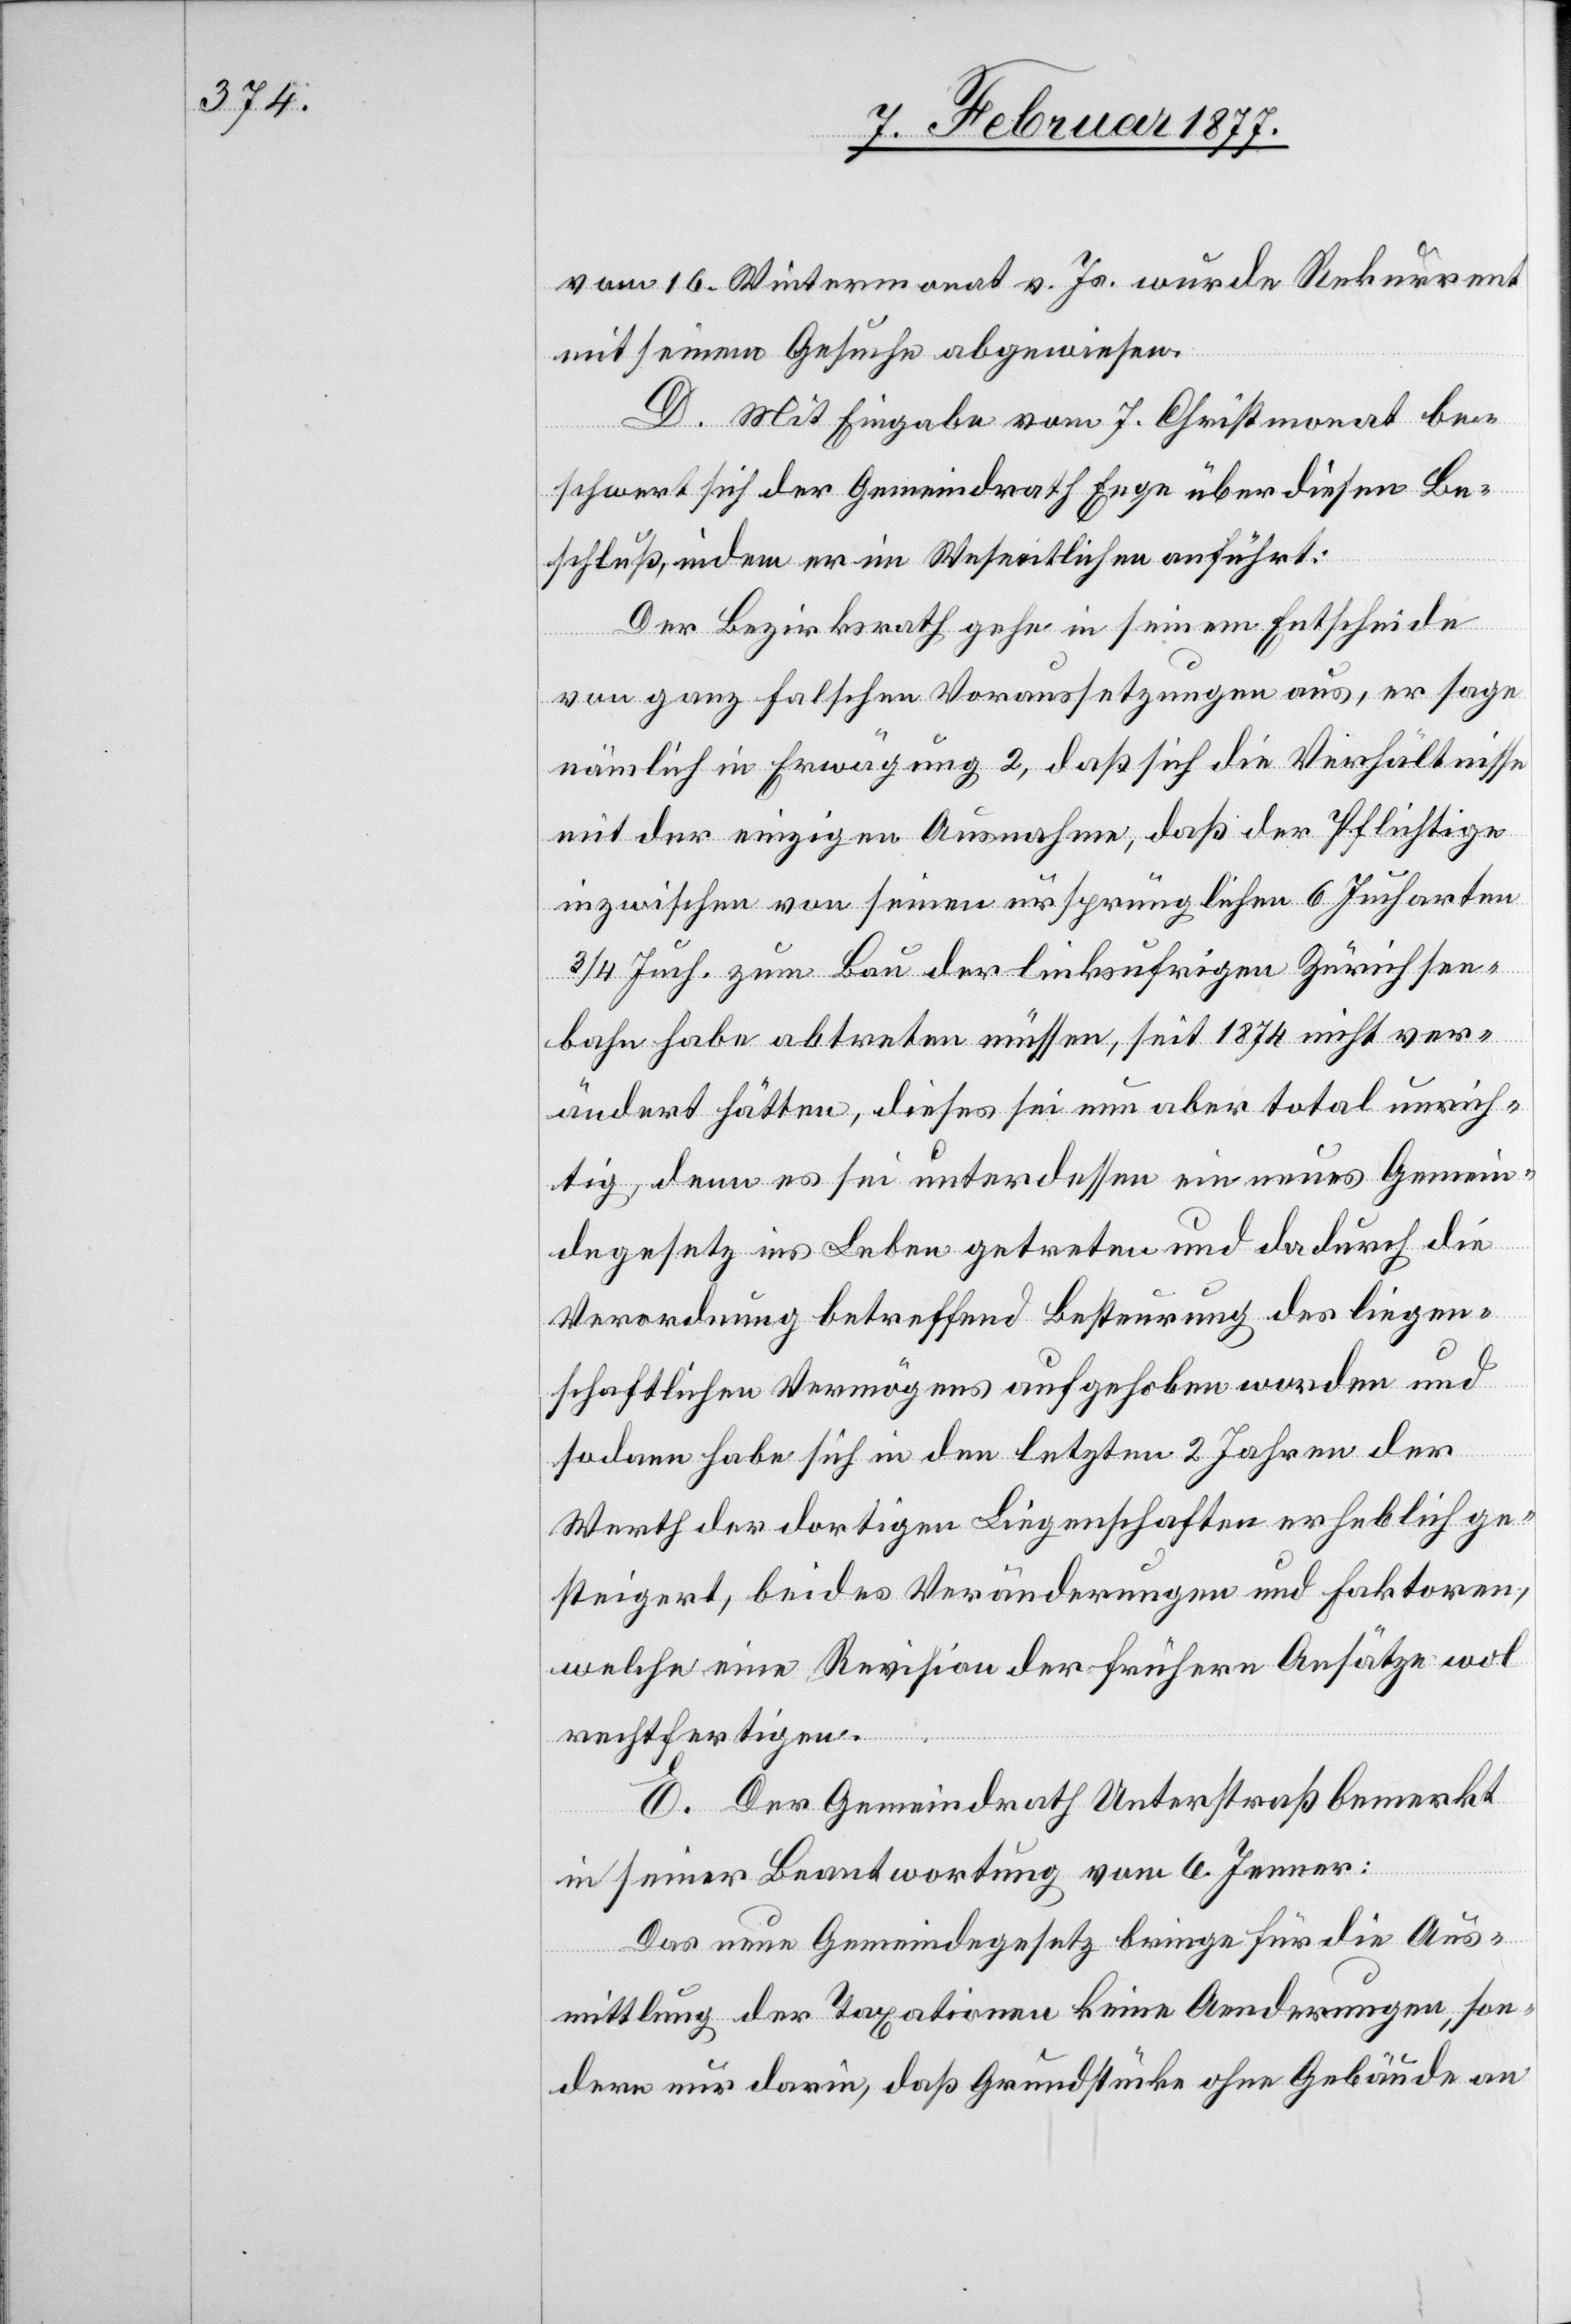
vom 16. Wintermonat v. Js. wurde Rekurrent
mit seinem Gesuche abgewiesen.
D. Mit Eingabe vom 7. Christmonat be¬
schwert sich der Gemeindrath Enge über diesen Be¬
schluß, indem er im Wesentlichen anführt:
Der Bezirksrath gehe in seinem Entscheide
von ganz falschen Voraussetzungen aus, er sage
nämlich in Erwägung 2, daß sich die Verhältnisse
mit der einzigen Ausnahme, daß der Pflichtige
inzwischen von seinen ursprünglichen 6 Jucharten
3/4 Juch. zum Bau der linksufrigen Zürichsee¬
bahn habe abtreten müssen, seit 1874 nicht ver¬
ändert hätten, dieses sei nun aber total unrich¬
tig, denn es sei unterdessen ein neues Gemein¬
degesetz ins Leben getreten und dadurch die
Verordnung betreffend Besteurung des liegen¬
schaftlichen Vermögens aufgehoben worden und
sodann habe sich in den letzten 2 Jahren der
Werth der dortigen Liegenschaften erheblich ge¬
steigert, beides Veränderungen und Faktoren,
welche eine Revision der frühern Ansätze wol
rechtfertige.
E. Der Gemeindrath Unterstraß bemerkt
in seiner Beantwortung vom 6. Jenner:
Das neue Gemeindegesetz bringe für die Aus¬
mittlung der Taxationen keine Aenderungen, son¬
dern nur darin, daß Grundstücke ohne Gebäude an